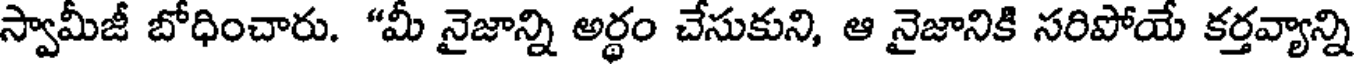
స్వామీజీ బోధించారు. "మీ నైజాన్ని అర్థం చేసుకుని, ఆ నైజానికి సరిపోయే కర్తవ్యాన్ని